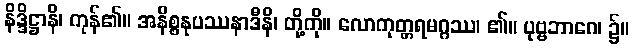
နိဒ္ဒိဋ္ဌာနိ၊ ကုန်၏။ အနိစ္စနုပဿနာဒီနိ၊ တို့ကို။ လောကုတ္တရမဂ္ဂဿ၊ ၏။ ပုဗ္ဗဘာဂေ၊ ၌။